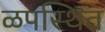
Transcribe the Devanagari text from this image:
ळपस्थित